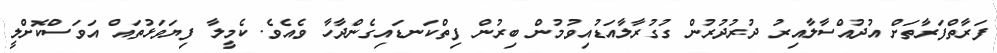
ފަރާތްފަރާތަށް އުދުއްސާލާއިރު ދުރުދުރުން ގުގުރާލާއަޑުއިވުމުން ބިރުން ފިތްކަނޑައިގެންދާހާ ވެއެވެ. ކެމީލާ ފިޔަވަޅުތައް އަވަސްކޮށްލީ